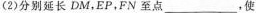
(2)分别延长 $$\overline{DM}$$ EP，FN至点___，使